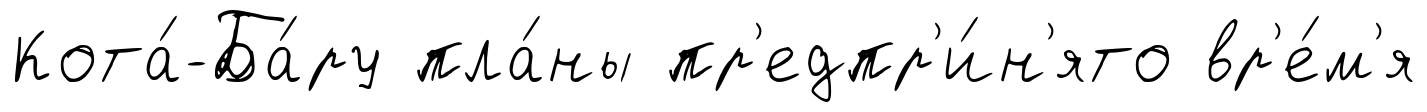
Кота́-Ба́ру пла́ны пр'едпр'и́н'ято вр'е́м'я